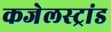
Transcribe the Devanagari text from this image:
कजेलस्ट्रांड